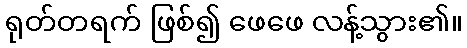
ရုတ်တရက် ဖြစ်၍ ဖေဖေ လန့်သွား၏။